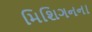
મિશિગનના